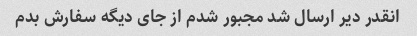
انقدر دیر ارسال شد مجبور شدم از جای دیگه سفارش بدم